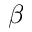
\beta